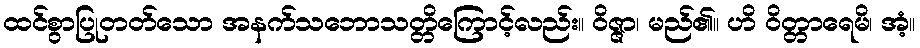
ထင်စွာပြုတတ်သော အနက်သဘောသတ္တိကြောင့်လည်း။ ဝိဇ္ဇာ၊ မည်၏။ ဟိ ဝိတ္တာရေမိ၊ အံ့။